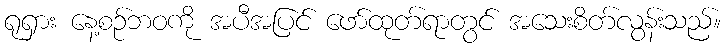
ရုရှား နေ့စဉ်ဘဝကို အပီအပြင် ဖော်ထုတ်ရာတွင် အသေးစိတ်လွန်းသည်။